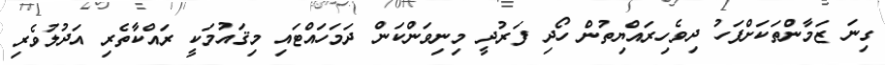
ގިނަ ޒަމާންތަކަށްފަހު ދިވެހިރައްޔިތުން ހޯދި ފަރުދީ މިނިވަންކަން ދަމަހައްޓައި މިޤައުމަކީ ރައްކާތެރި އަދުލުވެރި